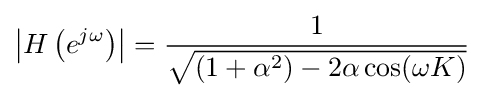
\left|H\left(e^{j\omega }\right)\right|={\frac {1}{\sqrt {\left(1+\alpha ^{2}\right)-2\alpha \cos(\omega K)}}}